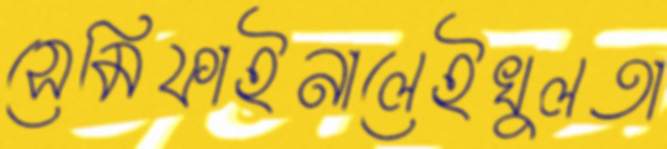
সেমিফাইনালেইখুলতা